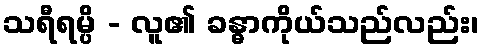
သရီရမ္ပိ - လူ၏ ခန္ဓာကိုယ်သည်လည်း၊